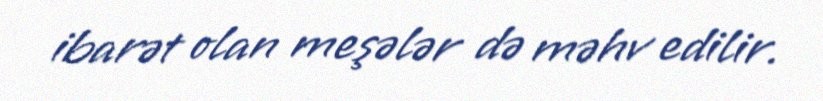
ibarət olan meşələr də məhv edilir.